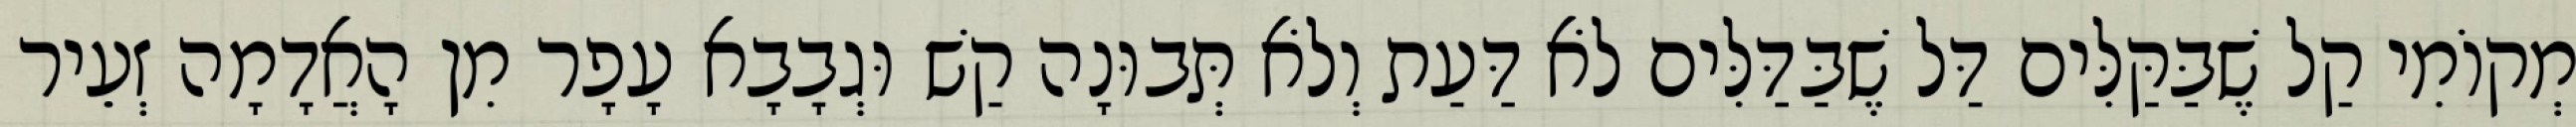
מְקוֹמִי קַל שֶׁבַּקַּלִּים דַּל שֶׁבַּדַּלִּים לֹא דַּעַת וְלֹא תְּבוּנָה קַשׁ וּגְבָבָא עָפָר מִן הָאֲדָמָה זְעֵיר